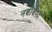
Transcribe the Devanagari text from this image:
नबाबपद